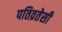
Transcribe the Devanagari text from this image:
पतिव्रतेसी